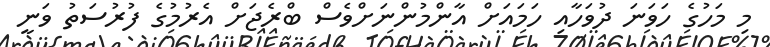
މި މަހުގެ ހަވަނަ ދުވަހާއި ހަމައަށް އާންމުންނަށްވެސް ބްރެޖަށް އެރުމުގެ ފުރުސަތު ވަނީ